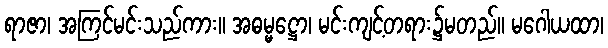
ရာဇာ၊ အကြင်မင်းသည်ကား။ အဓမ္မဋ္ဌော၊ မင်းကျင့်တရား၌မတည်။ မဂေါယထာ၊